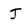
Character: J